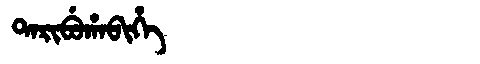
Manchu: ᡨᠠᡵᡳᠪᡠᡥᠠᠪᡳᡥᡝ
Romanization: TARIBUHABIHE